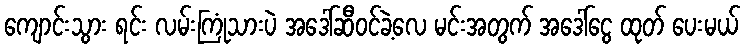
ကျောင်းသွား ရင်း လမ်းကြုံသားပဲ အဒေါ်ဆီဝင်ခဲ့လေ မင်းအတွက် အဒေါ်ငွေ ထုတ် ပေးမယ်